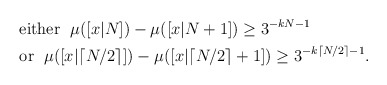
\begin{align*} & \mbox{ either }\; \mu([x|N])-\mu([x|N+1])\geq 3^{-kN-1}\\ & \mbox{ or } \; \mu([x| \lceil N/2\rceil ])-\mu([x| \lceil N/2\rceil +1])\geq 3^{-k \lceil N/2\rceil -1}. \end{align*}